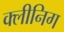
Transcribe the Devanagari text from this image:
क्लीनिग